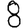
Digit: 8